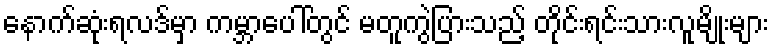
နောက်ဆုံးရလဒ်မှာ ကမ္ဘာပေါ်တွင် မတူကွဲပြားသည့် တိုင်းရင်းသားလူမျိုးများ